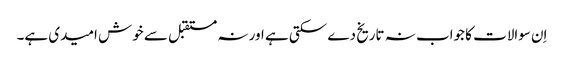
اِن سوالات کا جواب نہ تاریخ دے سکتی ہے اور نہ مستقبل سے خوش امیدی ہے۔